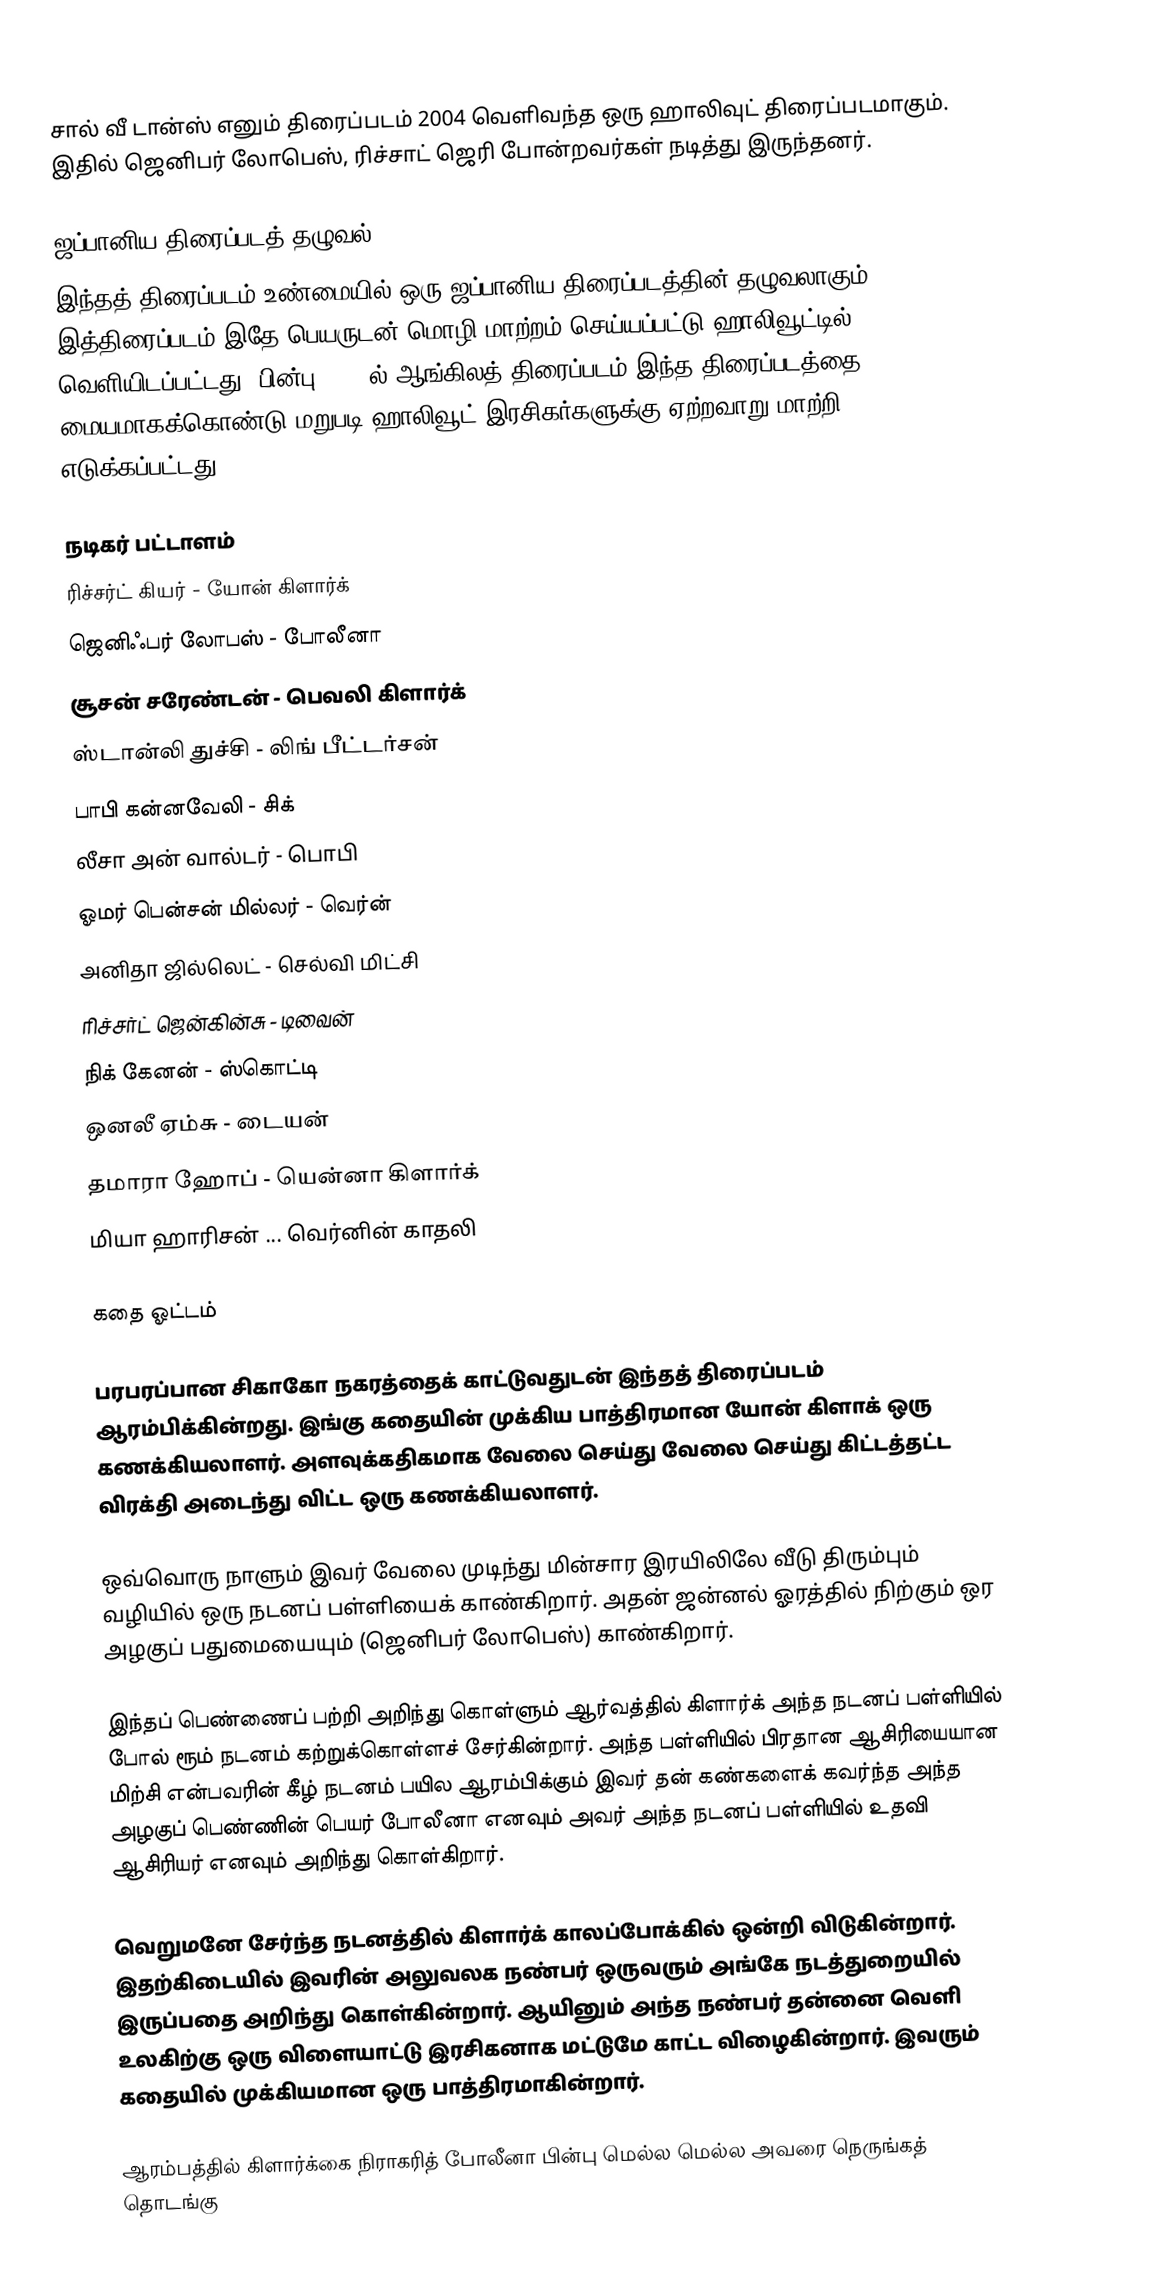
சால் வீ டான்ஸ் எனும் திரைப்படம் 2004 வெளிவந்த ஒரு ஹாலிவுட் திரைப்படமாகும். இதில் ஜெனிபர் லோபெஸ், ரிச்சாட் ஜெரி போன்றவர்கள் நடித்து இருந்தனர்.

ஜப்பானிய திரைப்படத் தழுவல்
இந்தத் திரைப்படம் உண்மையில் ஒரு ஜப்பானிய திரைப்படத்தின் தழுவலாகும். இத்திரைப்படம் இதே பெயருடன் மொழி மாற்றம் செய்யப்பட்டு ஹாலிவூட்டில் வெளியிடப்பட்டது. பின்பு 2004 ல் ஆங்கிலத் திரைப்படம் இந்த திரைப்படத்தை மையமாகக்கொண்டு மறுபடி ஹாலிவூட் இரசிகர்களுக்கு ஏற்றவாறு மாற்றி எடுக்கப்பட்டது.

நடிகர் பட்டாளம்
 ரிச்சர்ட் கியர் - யோன் கிளார்க்
 ஜெனிஃபர் லோபஸ் - போலீனா
 சூசன் சரேண்டன் - பெவலி கிளார்க்
 ஸ்டான்லி துச்சி - லிங் பீட்டர்சன்
 பாபி கன்னவேலி - சிக்
 லீசா அன் வால்டர் - பொபி
 ஓமர் பென்சன் மில்லர் - வெர்ன்
 அனிதா ஜில்லெட் - செல்வி மிட்சி
 ரிச்சர்ட் ஜென்கின்சு - டிவைன்
 நிக் கேனன் - ஸ்கொட்டி
 ஒனலீ ஏம்சு - டையன்
 தமாரா ஹோப் - யென்னா கிளார்க்
 மியா ஹாரிசன் ... வெர்னின் காதலி

கதை ஓட்டம்

பரபரப்பான சிகாகோ நகரத்தைக் காட்டுவதுடன் இந்தத் திரைப்படம் ஆரம்பிக்கின்றது. இங்கு கதையின் முக்கிய பாத்திரமான யோன் கிளாக் ஒரு கணக்கியலாளர். அளவுக்கதிகமாக வேலை செய்து வேலை செய்து கிட்டத்தட்ட விரக்தி அடைந்து விட்ட ஒரு கணக்கியலாளர்.

ஒவ்வொரு நாளும் இவர் வேலை முடிந்து மின்சார இரயிலிலே வீடு திரும்பும் வழியில் ஒரு நடனப் பள்ளியைக் காண்கிறார். அதன் ஜன்னல் ஓரத்தில் நிற்கும் ஒர அழகுப் பதுமையையும் (ஜெனிபர் லோபெஸ்) காண்கிறார்.

இந்தப் பெண்ணைப் பற்றி அறிந்து கொள்ளும் ஆர்வத்தில் கிளார்க் அந்த நடனப் பள்ளியில் போல் ரூம் நடனம் கற்றுக்கொள்ளச் சேர்கின்றார். அந்த பள்ளியில் பிரதான ஆசிரியையான மிற்சி என்பவரின் கீழ் நடனம் பயில ஆரம்பிக்கும் இவர் தன் கண்களைக் கவர்ந்த அந்த அழகுப் பெண்ணின் பெயர் போலீனா எனவும் அவர் அந்த நடனப் பள்ளியில் உதவி ஆசிரியர் எனவும் அறிந்து கொள்கிறார்.

வெறுமனே சேர்ந்த நடனத்தில் கிளார்க் காலப்போக்கில் ஒன்றி விடுகின்றார். இதற்கிடையில் இவரின் அலுவலக நண்பர் ஒருவரும் அங்கே நடத்துறையில் இருப்பதை அறிந்து கொள்கின்றார். ஆயினும் அந்த நண்பர் தன்னை வெளி உலகிற்கு ஒரு விளையாட்டு இரசிகனாக மட்டுமே காட்ட விழைகின்றார். இவரும் கதையில் முக்கியமான ஒரு பாத்திரமாகின்றார்.

ஆரம்பத்தில் கிளார்க்கை நிராகரித் போலீனா பின்பு மெல்ல மெல்ல அவரை நெருங்கத் தொடங்கு